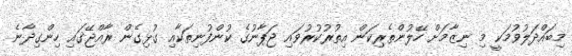
މިބައްދަލުވުމަކީ މި ނިޒާމަށް ހޭލުންތެރިކަން އިތުރުކުރުވައި ޖަޕާނުގެ ކުންފުނިތަކާއި ގުޅިގެން ރާއްޖޭގައި ހިންގިދާނެ